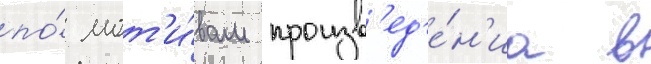
по́ мот'и́вам произв'ед'е́н'иа в